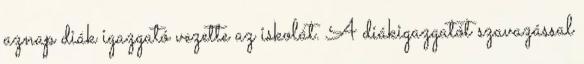
aznap diák igazgató vezette az iskolát. A diákigazgatót szavazással